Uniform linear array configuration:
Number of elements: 4
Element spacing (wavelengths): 0.25
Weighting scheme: blackman
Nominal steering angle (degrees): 0
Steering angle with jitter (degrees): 1.205
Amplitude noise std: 0.05
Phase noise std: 0.05

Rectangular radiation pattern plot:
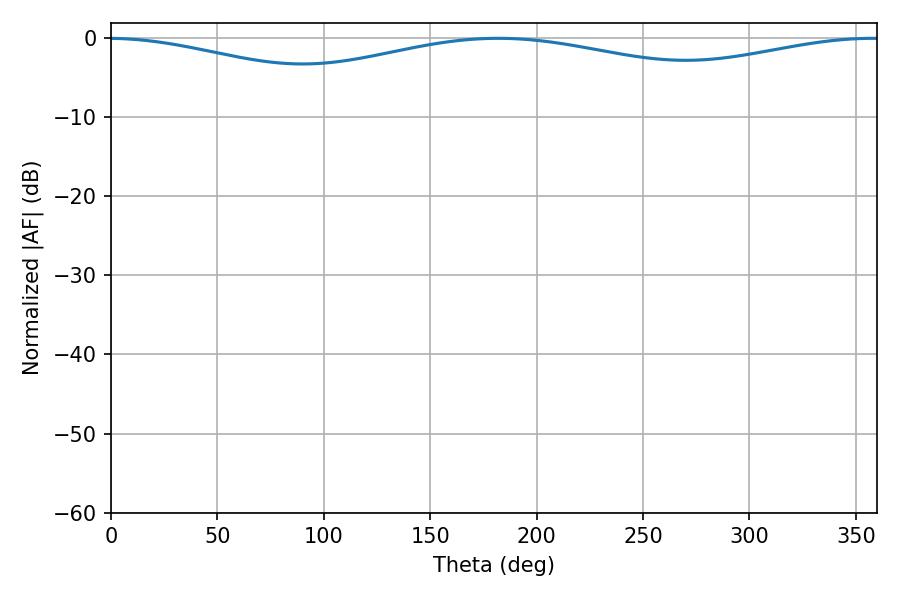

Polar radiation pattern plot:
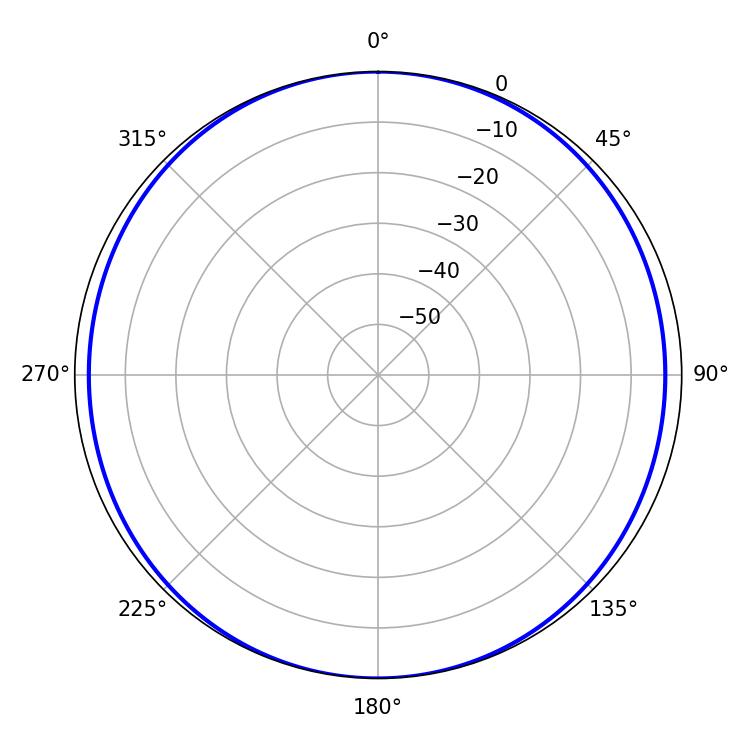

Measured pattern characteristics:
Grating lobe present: FALSE
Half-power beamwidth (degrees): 255.06
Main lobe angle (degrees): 181.98